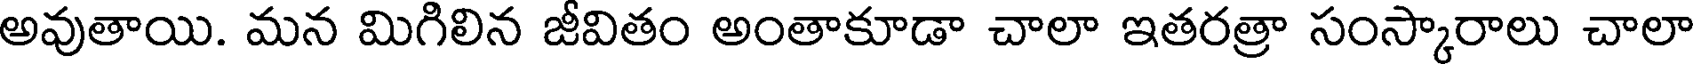
అవుతాయి. మన మిగిలిన జీవితం అంతాకూడా చాలా ఇతరత్రా సంస్కారాలు చాలా